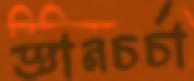
জ্ঞানচর্চা